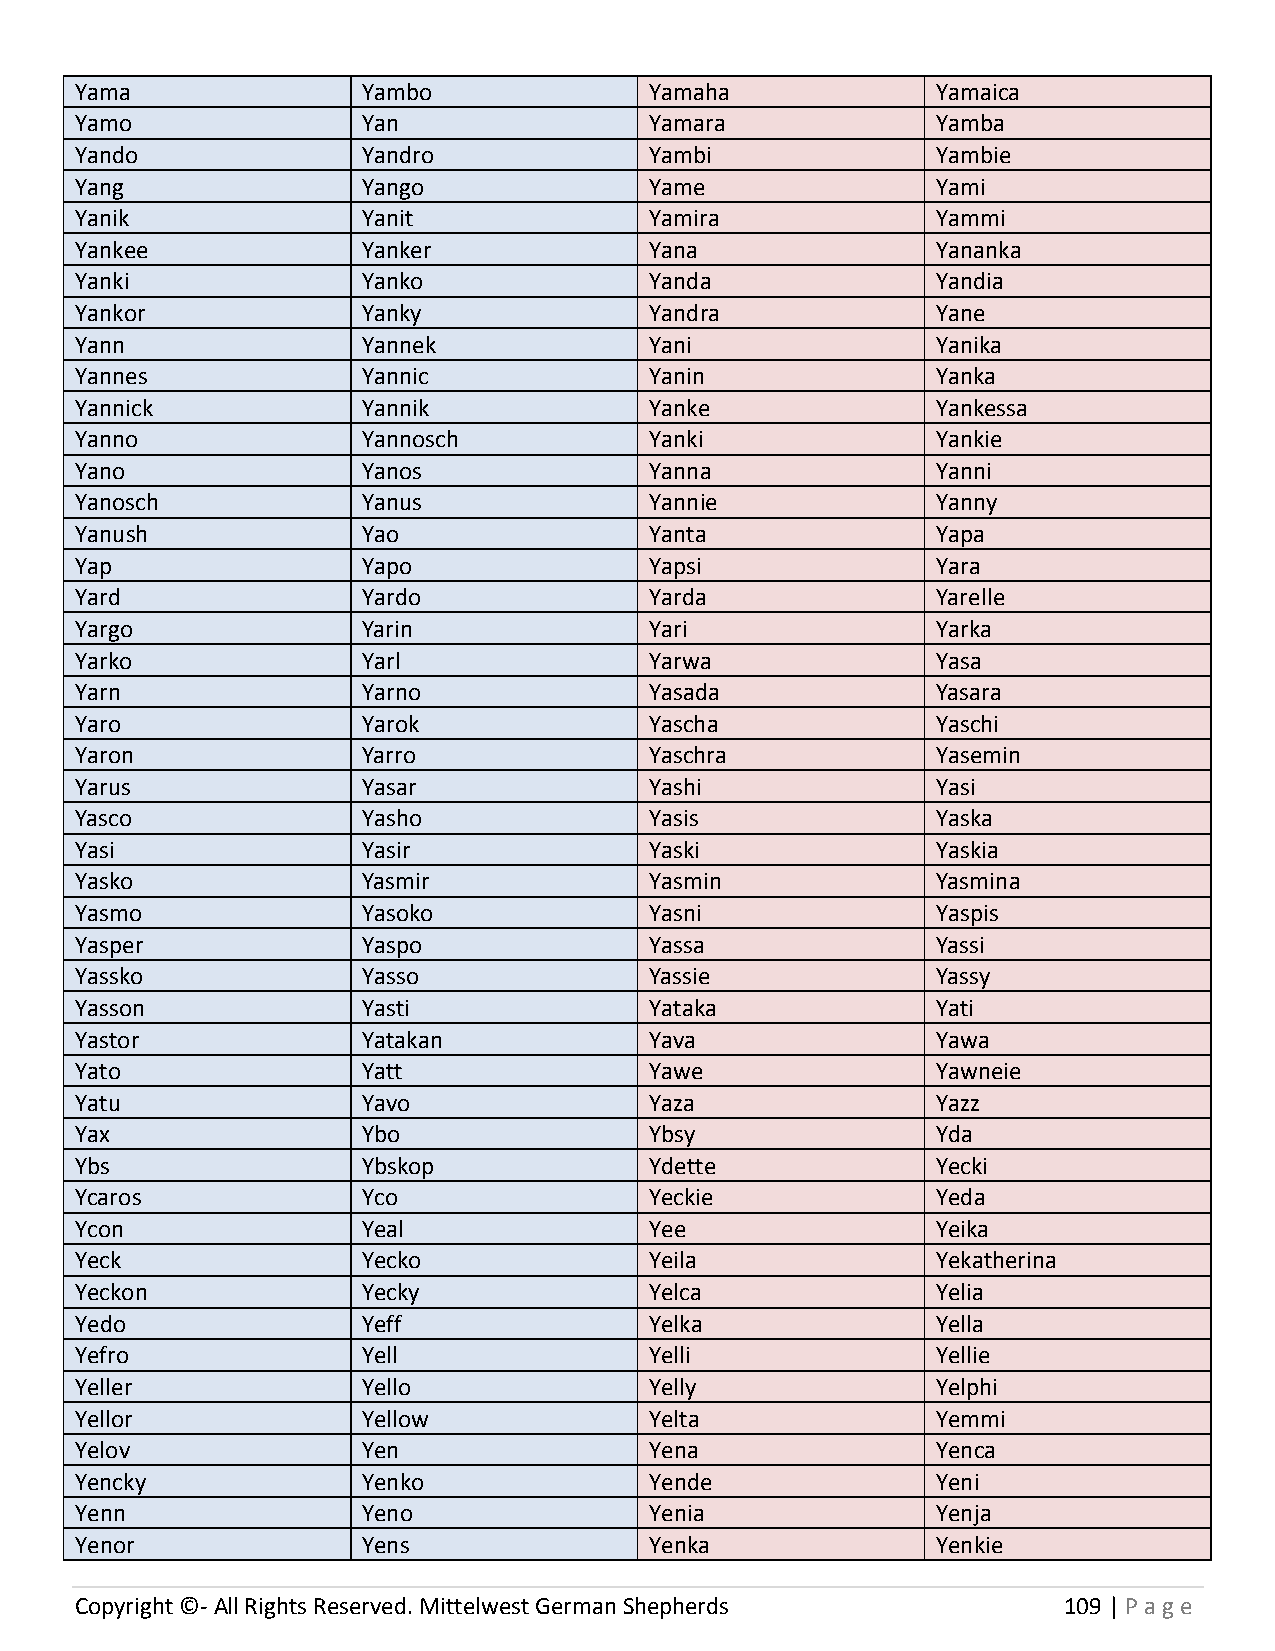
Yama               Yambo              Yamaha             Yamaica
 Yamo               Yan                Yamara             Yamba
 Yando              Yandro             Yambi              Yambie
 Yang               Yango              Yame               Yami
 Yanik              Yanit              Yamira             Yammi
 Yankee             Yanker             Yana               Yananka
 Yanki              Yanko              Yanda              Yandia
 Yankor             Yanky              Yandra             Yane
 Yann               Yannek             Yani               Yanika
 Yannes             Yannic             Yanin              Yanka
 Yannick            Yannik             Yanke              Yankessa
 Yanno              Yannosch           Yanki              Yankie
 Yano               Yanos              Yanna              Yanni
 Yanosch            Yanus              Yannie             Yanny
 Yanush             Yao                Yanta              Yapa
 Yap                Yapo               Yapsi              Yara
 Yard               Yardo              Yarda              Yarelle
 Yargo              Yarin              Yari               Yarka
 Yarko              Yarl               Yarwa              Yasa
 Yarn               Yarno              Yasada             Yasara
 Yaro               Yarok              Yascha             Yaschi
 Yaron              Yarro              Yaschra            Yasemin
 Yarus              Yasar              Yashi              Yasi
 Yasco              Yasho              Yasis              Yaska
 Yasi               Yasir              Yaski              Yaskia
 Yasko              Yasmir             Yasmin             Yasmina
 Yasmo              Yasoko             Yasni              Yaspis
 Yasper             Yaspo              Yassa              Yassi
 Yassko             Yasso              Yassie             Yassy
 Yasson             Yasti              Yataka             Yati
 Yastor             Yatakan            Yava               Yawa
 Yato               Yatt               Yawe               Yawneie
 Yatu               Yavo               Yaza               Yazz
 Yax                Ybo                Ybsy               Yda
 Ybs                Ybskop             Ydette             Yecki
 Ycaros             Yco                Yeckie             Yeda
 Ycon               Yeal               Yee                Yeika
 Yeck               Yecko              Yeila              Yekatherina
 Yeckon             Yecky              Yelca              Yelia
 Yedo               Yeff               Yelka              Yella
 Yefro              Yell               Yelli              Yellie
 Yeller             Yello              Yelly              Yelphi
 Yellor             Yellow             Yelta              Yemmi
 Yelov              Yen                Yena               Yenca
 Yencky             Yenko              Yende              Yeni
 Yenn               Yeno               Yenia              Yenja
 Yenor              Yens               Yenka              Yenkie
 Copyright ©- All Rights Reserved. Mittelwest German Shepherds    109 | P age